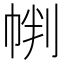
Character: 𱜩